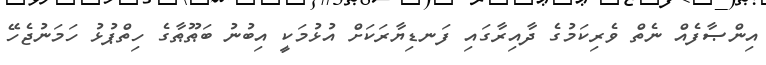
އިންޞާފެއް ނެތް ވެރިކަމުގެ ދާއިރާގައި ފަނޑިޔާރަކަށް އުޅުމަކީ އިބުނު ބަޠޫޠާގެ ހިތްޕުޅު ހަމަނުޖެހޭ